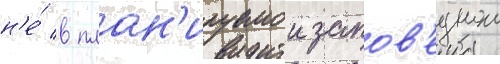
н'е́ в план'ируемои запов'еднои